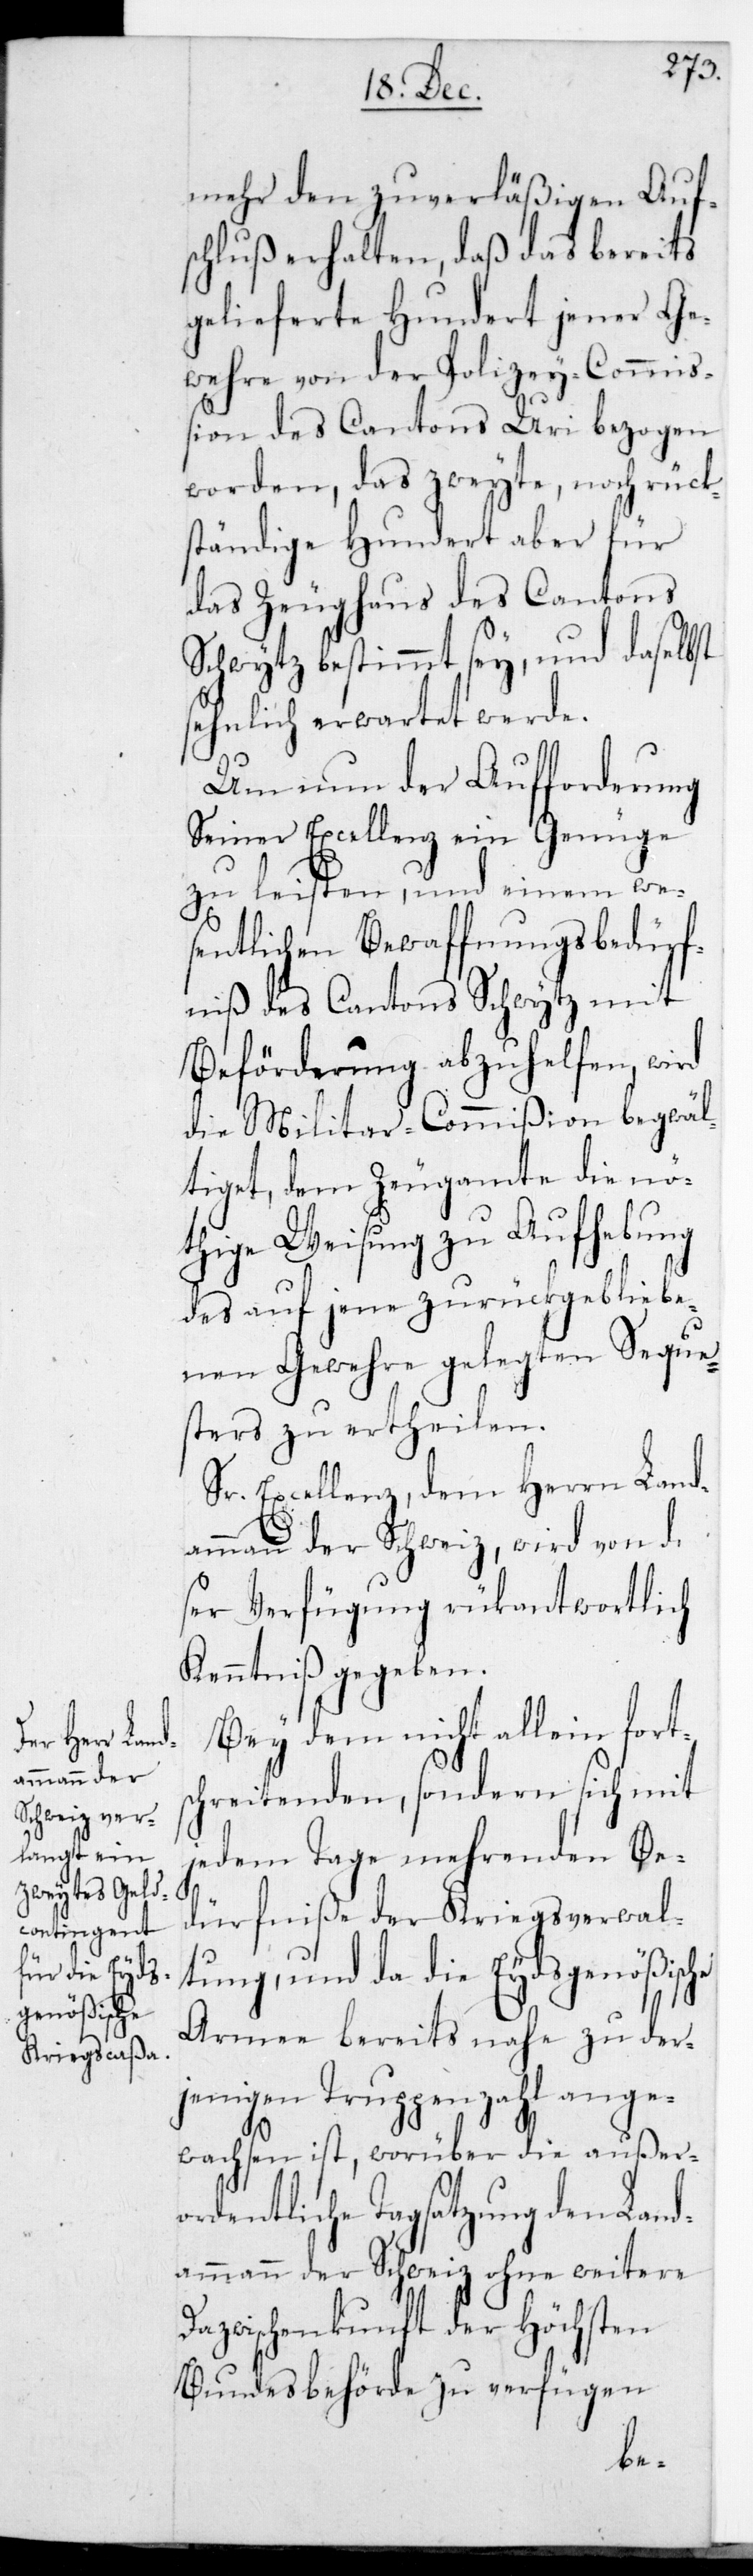
mehr den zuverläßigen Auf¬
schluß erhalten, daß das bereits
gelieferete Hundert jener Ge¬
wehre von der Polizey-Commiß¬
ion des Cantons Uri bezogen
worden, das zweyte noch rück¬
ständige Hundert aber für
das Zeughaus des Cantons
Schwytz bestimmt sey, und daselbst
sehnlich erwartet werde.
Um nun der Aufforderung
Seiner Excellenz ein Genüge
zu leisten, und einem we¬
sentlichen Bewaffnungs-Bedürf¬
niß des Cantons Schwytz mit
Beförderung abzuhelfen, wird
die Militar-Commißion begwäl¬
tiget, dem Zeugamte die nö¬
thige Weisung zu Aufhebung
des auf jene zurückgebliebe¬
nen Gewehre gelegten Seque¬
sters zu ertheilen.
Sr. Excellenz dem Herrn Land¬
ammann der Schweiz, wird von die¬
ser Verfügung rückantwortlich
Kenntniß gegeben.
Bey dem nicht allein forts¬
chreitenden, sondern sich mit
jedem Tage mehrenden Be¬
dürfniße der Kriegsverwal¬
tung, und da die Eydsgenößische
Armee bereits nahe zu der¬
jenigen Truppenzahl ange¬
wachsen ist, worüber die außer¬
ordentliche Tagsatzung den Land¬
ammann der Schweiz ohne weitere
Dazwischenkunft der Höchsten
Bundesbehörde zu verfügen